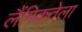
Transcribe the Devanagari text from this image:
लैंगिकतेला